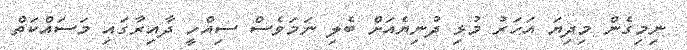
ނިމިގެން މިދިޔަ އަހަރު މުޅި ދުނިޔެއަށް ބެލި ނަމަވެސް ސިއްހީ ދާއިރާގައި މަސައްކަތް